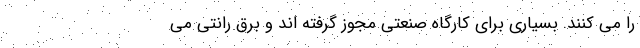
را می کنند. بسیاری برای کارگاه صنعتی مجوز گرفته اند و برق رانتی می